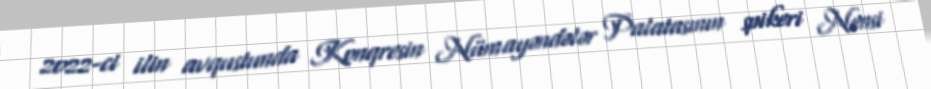
2022-ci ilin avqustunda Konqresin Nümayəndələr Palatasının spikeri Nensi